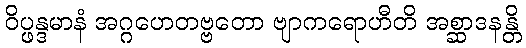
ဝိပ္ဖန္ဒမာနံ အဂ္ဂဟေတဗ္ဗတော ဗျာကရောဟီတိ အစ္ဆာဒနန္တိ